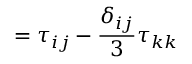
= \tau _ { i j } - \frac { \delta _ { i j } } { 3 } \tau _ { k k }